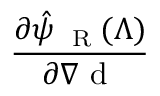
\frac { \partial \hat { \psi } _ { \mathrm { ~ \tiny ~ R ~ } } ( \Lambda ) } { \partial { \nabla \mathrm { ~ d ~ } } }